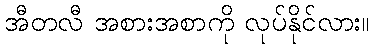
အီတလီ အစားအစာကို လုပ်နိုင်လား။